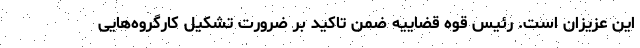
این عزیزان است. رئیس قوه قضاییه ضمن تاکید بر ضرورت تشکیل کارگروه‌هایی